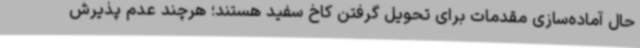
حال آماده‌سازی مقدمات برای تحویل گرفتن کاخ سفید هستند؛ هرچند عدم پذیرش